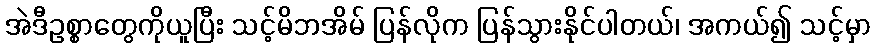
အဲဒီဥစ္စာတွေကိုယူပြီး သင့်မိဘအိမ် ပြန်လိုက ပြန်သွားနိုင်ပါတယ်၊ အကယ်၍ သင့်မှာ